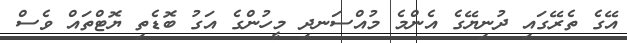
އޭގެ ތެރޭގައި ދުނިޔޭގެ އެންމެ މުއްސަނދި މީހުންގެ އަގު ބޮޑެތި ޔޮޓްތައް ވެސް